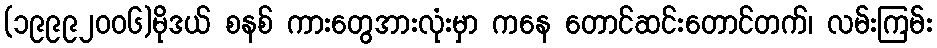
(၁၉၉၉၂ဝဝ၆)မိုဒယ် စနစ် ကားတွေအားလုံးမှာ ကနေ တောင်ဆင်းတောင်တက်၊ လမ်းကြမ်း